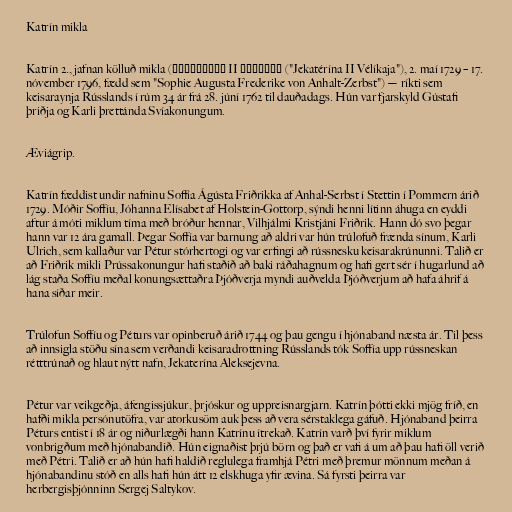
Katrín mikla

Katrín 2., jafnan kölluð mikla (Екатерина II Великая ("Jekatérína II Vélíkaja"), 2. maí 1729 – 17.
nóvember 1796, fædd sem "Sophie Augusta Frederike von Anhalt-Zerbst") — ríkti sem
keisaraynja Rússlands í rúm 34 ár frá 28. júní 1762 til dauðadags. Hún var fjarskyld Gústafi
þriðja og Karli þrettánda Svíakonungum.

Æviágrip.

Katrín fæddist undir nafninu Soffía Ágústa Friðrikka af Anhal-Serbst í Stettin í Pommern árið
1729. Móðir Soffíu, Jóhanna Elísabet af Holstein-Gottorp, sýndi henni lítinn áhuga en eyddi
aftur á móti miklum tíma með bróður hennar, Vilhjálmi Kristjáni Friðrik. Hann dó svo þegar
hann var 12 ára gamall. Þegar Soffía var barnung að aldri var hún trúlofuð frænda sínum, Karli
Ulrich, sem kallaður var Pétur stórhertogi og var erfingi að rússnesku keisarakrúnunni. Talið er
að Friðrik mikli Prússakonungur hafi staðið að baki ráðahagnum og hafi gert sér í hugarlund að
lág staða Soffíu meðal konungsættaðra Þjóðverja myndi auðvelda Þjóðverjum að hafa áhrif á
hana síðar meir.

Trúlofun Soffíu og Péturs var opinberuð árið 1744 og þau gengu í hjónaband næsta ár. Til þess
að innsigla stöðu sína sem verðandi keisaradrottning Rússlands tók Soffía upp rússneskan
rétttrúnað og hlaut nýtt nafn, Jekaterína Aleksejevna.

Pétur var veikgeðja, áfengissjúkur, þrjóskur og uppreisnargjarn. Katrín þótti ekki mjög fríð, en
hafði mikla persónutöfra, var atorkusöm auk þess að vera sérstaklega gáfuð. Hjónaband þeirra
Péturs entist í 18 ár og niðurlægði hann Katrínu ítrekað. Katrín varð því fyrir miklum
vonbrigðum með hjónabandið. Hún eignaðist þrjú börn og það er vafi á um að þau hafi öll verið
með Pétri. Talið er að hún hafi haldið reglulega framhjá Pétri með þremur mönnum meðan á
hjónabandinu stóð en alls hafi hún átt 12 elskhuga yfir ævina. Sá fyrsti þeirra var
herbergisþjónninn Sergej Saltykov.